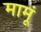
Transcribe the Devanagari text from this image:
मामूं